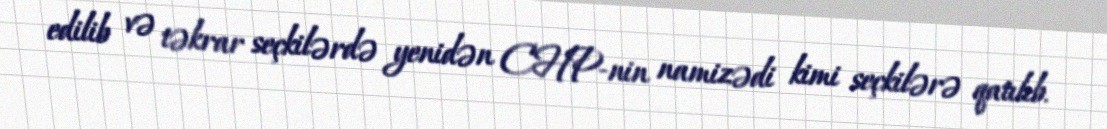
edilib və təkrar seçkilərdə yenidən CHP-nin namizədi kimi seçkilərə qatılıb.